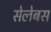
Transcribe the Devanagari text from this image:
सेलेबस